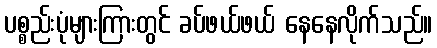
ပစ္စည်းပုံများကြားတွင် ခပ်ဖယ်ဖယ် နေနေလိုက်သည်။